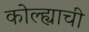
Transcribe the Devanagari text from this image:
कोल्ह्याची